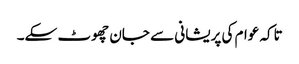
تاکہ عوام کی پریشانی سے جان چھوٹ سکے۔